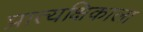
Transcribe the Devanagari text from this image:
प्रात्यक्षिकाला